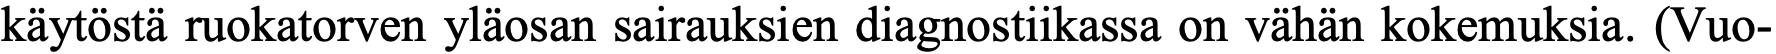
käytöstä ruokatorven yläosan sairauksien diagnostiikassa on vähän kokemuksia. (Vuo-